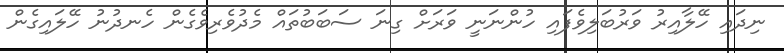
ނިދައި ހޭލާއިރު ވަރުބަލިވެފައި ހުންނަނީ ވަރަށް ގިނަ ސަބަބުތައް މެދުވެރިވެގެން ހެނދުނު ހޭލައިގެން